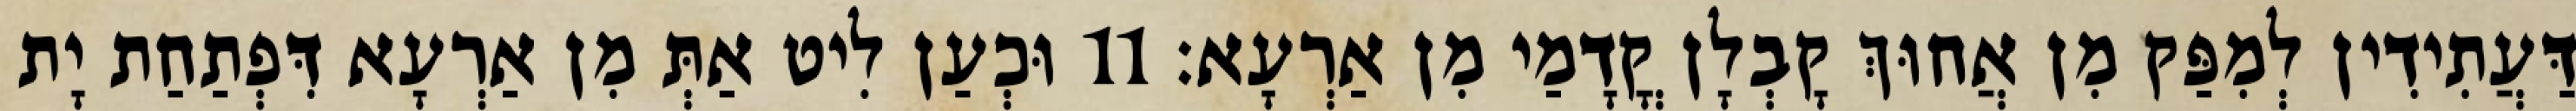
דַּעֲתִידִין לְמִפַּק מִן אֲחוּךְ קָבְלָן קֳדָמַי מִן אַרְעָא׃ 11 וּכְעַן לִיט אַתְּ מִן אַרְעָא דִּפְתַחַת יָת